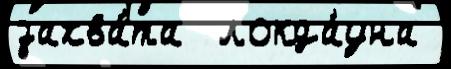
захва́та  локда́уна